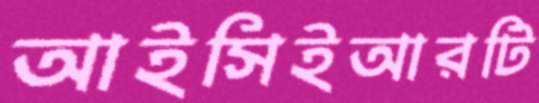
আইসিইআরটি